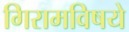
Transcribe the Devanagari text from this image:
गिरामविषये